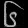
Digit: ၆